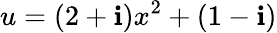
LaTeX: u=(2+\mathbf{i})x^{2}+(1-\mathbf{i})